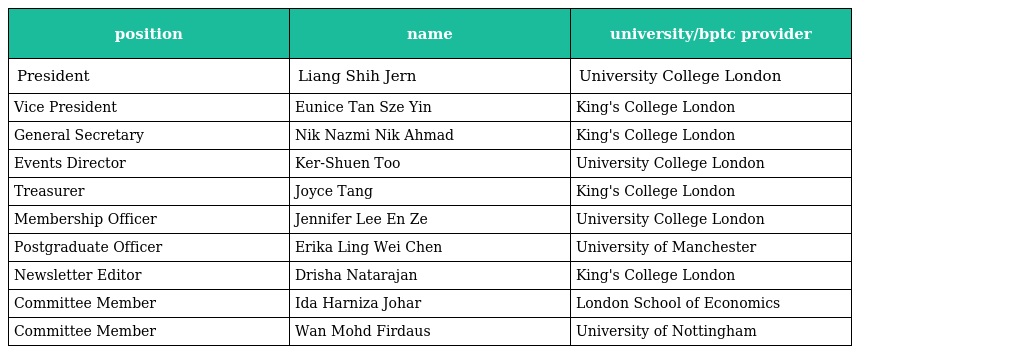
| position | name | university/bptc provider |
 | --- | --- | --- |
 | President | Liang Shih Jern | University College London |
 | Vice President | Eunice Tan Sze Yin | King's College London |
 | General Secretary | Nik Nazmi Nik Ahmad | King's College London |
 | Events Director | Ker-Shuen Too | University College London |
 | Treasurer | Joyce Tang | King's College London |
 | Membership Officer | Jennifer Lee En Ze | University College London |
 | Postgraduate Officer | Erika Ling Wei Chen | University of Manchester |
 | Newsletter Editor | Drisha Natarajan | King's College London |
 | Committee Member | Ida Harniza Johar | London School of Economics |
 | Committee Member | Wan Mohd Firdaus | University of Nottingham |